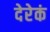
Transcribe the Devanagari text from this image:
देरेकं